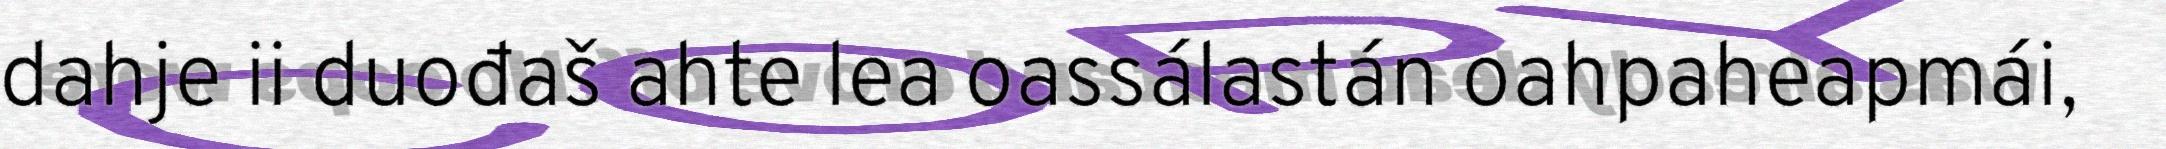
dahje ii duođaš ahte lea oassálastán oahpaheapmái,